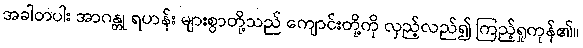
အခါတပါး အာဂန္တု ရဟန်း များစွာတို့သည် ကျောင်းတို့ကို လှည့်လည်၍ ကြည့်ရှုကုန်၏။